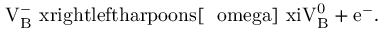
\mathrm { V _ { B } ^ { - } \ x r i g h t l e f t h a r p o o n s [ \hbar \ o m e g a ] { \ x i } V _ { B } ^ { 0 } + e ^ { - } . }